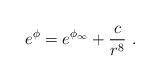
LaTeX: \begin{align*}e^\phi = e^{\phi_\infty} + \frac{c}{r^8}\ .\end{align*}